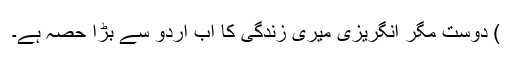
) دوست مگر انگریزی میری زندگی کا اب اردو سے بڑا حصہ ہے۔